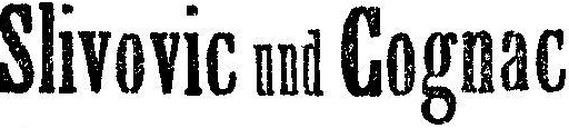
Slivovic und Cognac